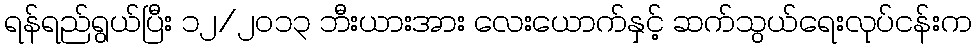
ရန်ရည်ရွယ်ပြီး ၁၂/၂၀၁၃ ဘီးယားအား လေးယောက်နှင့် ဆက်သွယ်ရေးလုပ်ငန်းက